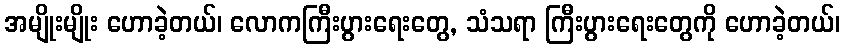
အမျိုးမျိုး ဟောခဲ့တယ်၊ လောကကြီးပွားရေးတွေ, သံသရာ ကြီးပွားရေးတွေကို ဟောခဲ့တယ်၊